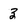
Character: 3